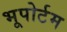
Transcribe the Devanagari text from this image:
भूपोर्टम